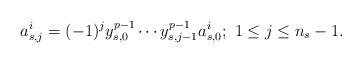
LaTeX: \begin{align*}a_{s,j}^i=(-1)^{j}y_{s,0}^{p-1}\cdots y_{s,j-1}^{p-1}a_{s,0}^i;~1\leq j\leq n_s-1.\end{align*}